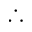
\therefore